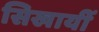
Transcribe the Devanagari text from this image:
सिखायीं